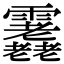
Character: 𩇇